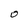
Character: O